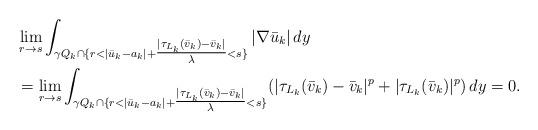
LaTeX: \begin{align*}&\lim_{r \to s}\int_{\gamma Q_k\cap\{r<|\bar{u}_k-a_k|+ \tfrac{|\tau_{L_k}({\bar v}_k)- {\bar v}_k|}{\lambda}<s\}}|\nabla\bar{u}_k| \,dy\\&=\lim_{r\to s}\int_{\gamma Q_k\cap\{r<|\bar{u}_k-a_k|+ \tfrac{|\tau_{L_k}({\bar v}_k)- {\bar v}_k|}{\lambda}<s\}}(|\tau_{L_k}({\bar v}_k)- {\bar v}_k|^p+ |\tau_{L_k}({\bar v}_k)|^p)\,dy =0.\end{align*}